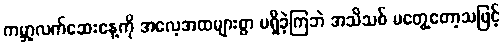
ကမ္ဘာ့လက်ဆေးနေ့ကို အလေ့အထများစွာ မရှိခဲ့ကြဘဲ အသိသစ် မတွေ့တော့သဖြင့်